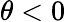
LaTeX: \theta<0